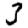
Digit: 3